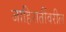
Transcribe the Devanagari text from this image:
जाहिरातींवरील